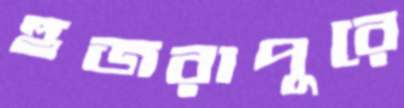
হুজরাপুরে